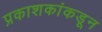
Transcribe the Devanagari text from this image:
प्रकाशकांकडून